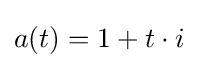
a(t)=1+t\cdot i